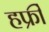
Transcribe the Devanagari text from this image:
हफ्रीं